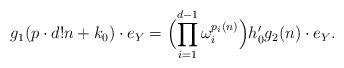
LaTeX: \begin{align*} g_{1}(p\cdot d!n+k_{0})\cdot e_{Y}=\Bigl(\prod_{i=1}^{d-1}\omega_{i}^{p_{i}(n)}\Bigr)h_{0}'g_{2}(n)\cdot e_{Y}. \end{align*}